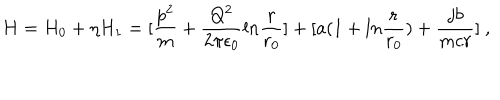
H = H _ { 0 } + \eta H _ { 1 } = [ { \frac { p ^ { 2 } } { m } } + { \frac { Q ^ { 2 } } { 2 \pi \epsilon _ { 0 } } } l n { \frac { r } { r _ { 0 } } } ] + [ a ( 1 + l n { \frac { r } { r _ { 0 } } } ) + { \frac { j b } { m c r } } ] ~ ,